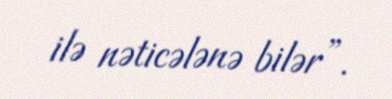
ilə nəticələnə bilər”.